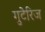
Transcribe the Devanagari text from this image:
गुटेरिज